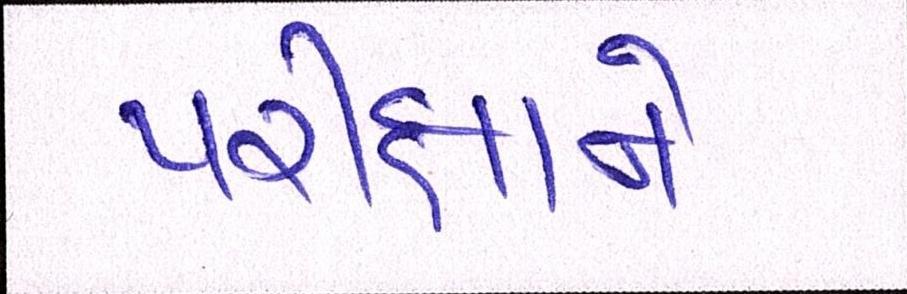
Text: પરીક્ષાને